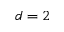
d = 2